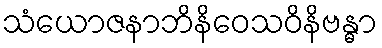
သံယောဇနာဘိနိဝေသဝိနိဗန္ဓာ